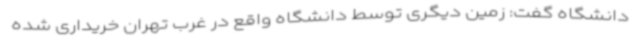
دانشگاه گفت: زمین دیگری توسط دانشگاه واقع در غرب تهران خریداری شده